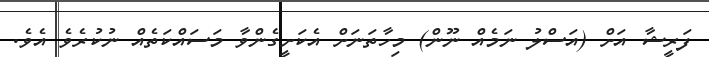
ފަރީޝާ އަށް (އަސްލު ނަމެއް ނޫން) މިހާތަނަށް އެކަށީގެންވާ މަސައްކަތެއް ނުކުރެވެ އެވެ.